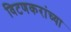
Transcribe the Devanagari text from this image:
विटणकरांच्या